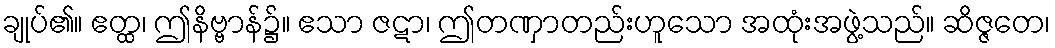
ချုပ်၏။ ဧတ္ထ၊ ဤနိဗ္ဗာန်၌။ ဧသာ ဇဋာ၊ ဤတဏှာတည်းဟူသော အထုံးအဖွဲ့သည်။ ဆိဇ္ဇတေ၊